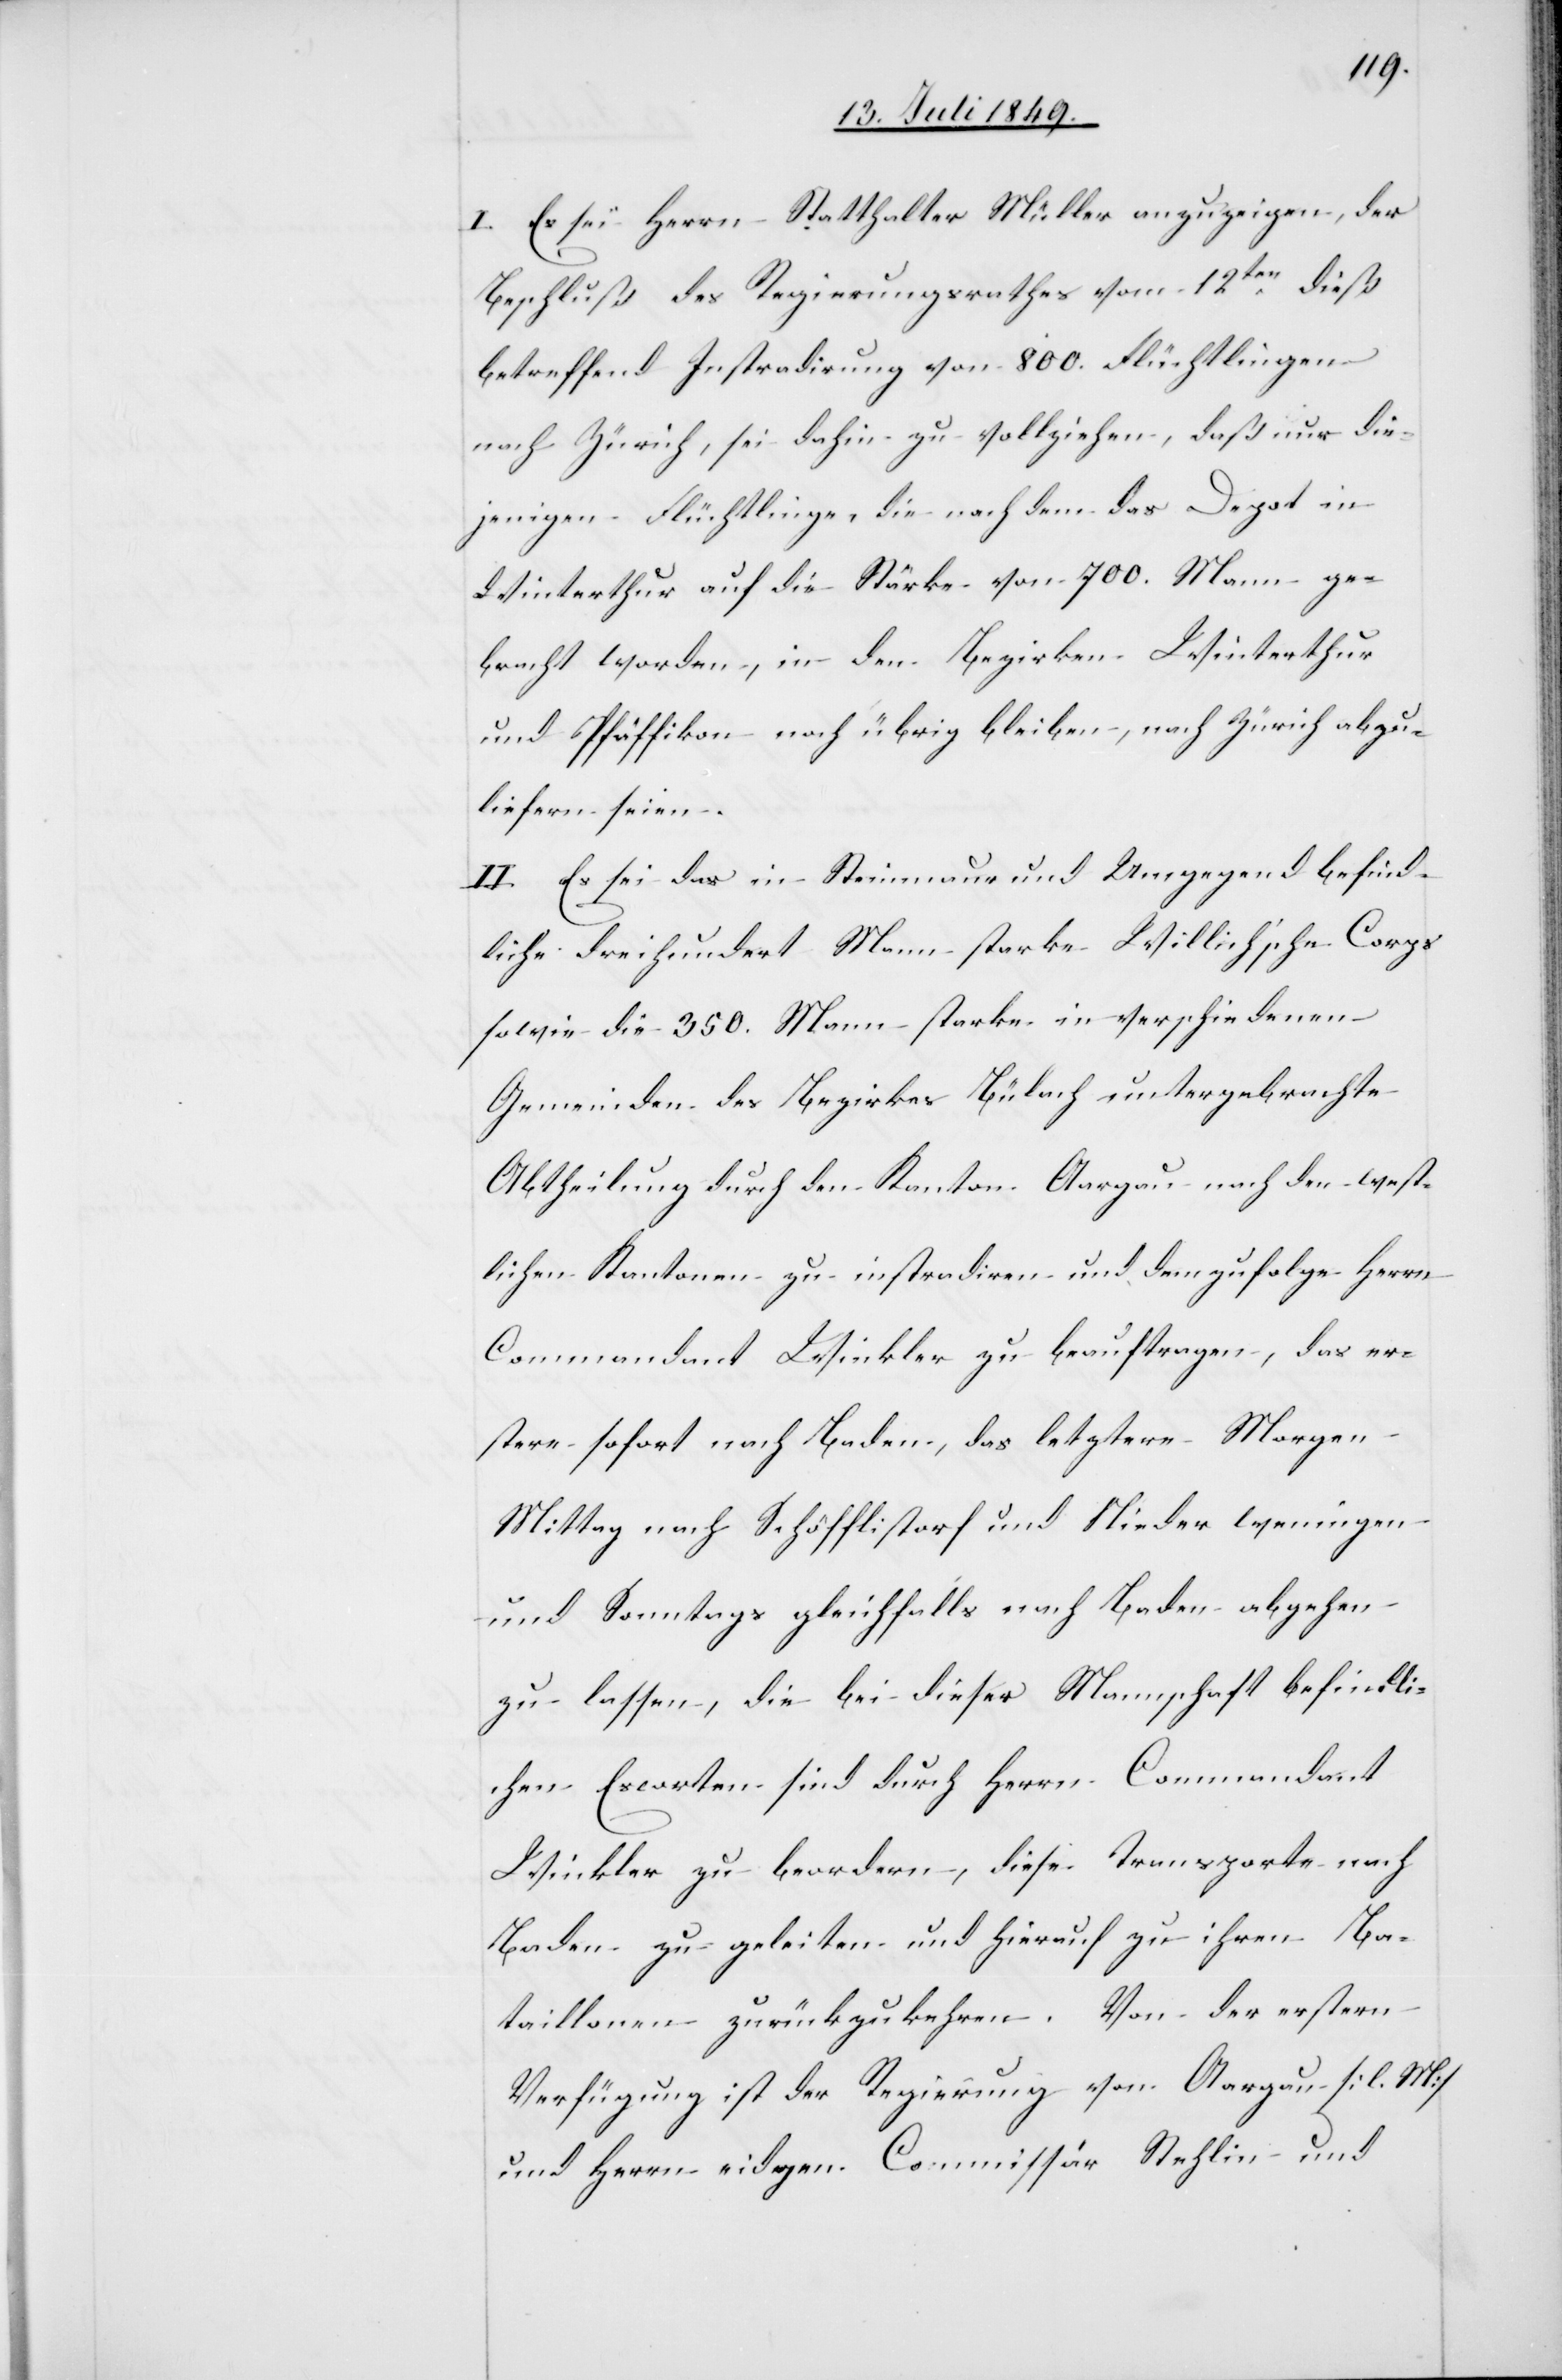
I. Es sei Herrn Statthalter Müller anzuzeigen, der
Beschluß des Regierungsrathes vom 12ten dieß
betreffend Instradirung von 800. Flüchtlingen
nach Zürich, sei dahin zu vollziehen, daß nur die¬
jenigen Flüchtlinge, die nach dem das Depot in
Winterthur auf die Stärke von 700. Mann ge¬
bracht worden, in den Bezirken Winterthur
und Pfäffikon noch übrig bleiben, nach Zürich abzu¬
liefern seien.
II. Es sei das in Steinmaur und Umgegend befind¬
liche dreihundert Mann starke Willich’sche Corps
sowie die 350. Mann starke in verschiedenen
Gemeinden des Bezirkes Bülach untergebrachte
Abtheilung durch den Kanton Aargau nach den west¬
lichen Kantonen zu instradiren und demzufolge Herrn
Commandant Winkler zu beauftragen, das er¬
stere sofort nach Baden, das letztere Morgen
Mittag nach Schöfflistorf und Niederweningen
und Sonntags gleichfalls nach Baden abgehen
zu lassen, die bei dieser Mannschaft befindli¬
chen Escorten sind durch Herrn Commandant
Winkler zu beordern, diese Transporte nach
Baden zu geleiten und hierauf zu ihren Ba¬
taillonen zurückzukehren. Von der erstern
Verfügung ist der Regierung von Aargau [l. M]
und Herrn eidgen. Commissär Stehlin und